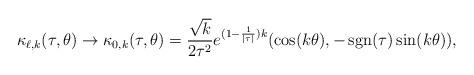
LaTeX: \begin{align*}\kappa_{\ell,k}(\tau,\theta) \to \kappa_{0,k}(\tau,\theta)=\frac{\sqrt{k}}{2\tau^2}e^{(1-\frac{1}{|\tau|})k}(\cos(k\theta),-\operatorname{sgn}(\tau)\sin(k\theta)),\end{align*}